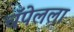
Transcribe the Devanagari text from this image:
चॅपेलला